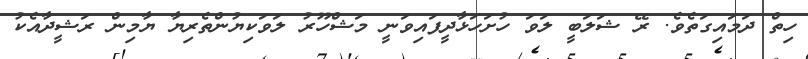
ހިތް ދަމައިގަތެވެ. ރޭ ޝަލަބީ ލަވަ ހުށަހަޅާދީފައިވަނީ މަޝްހޫރު ލަވަކިޔުންތެރިޔާ ޔާމިން ރަޝީދާއެކު